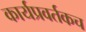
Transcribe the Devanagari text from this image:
कार्यप्रवर्तकच